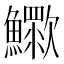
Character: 𣤿